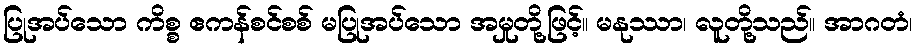
ပြုအပ်သော ကိစ္စ ဧကန်စင်စစ် မပြုအပ်သော အမှုတို့ဖြင့်။ မနုဿာ၊ လူတို့သည်။ အာဂတံ၊